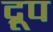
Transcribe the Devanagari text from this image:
द्रूप